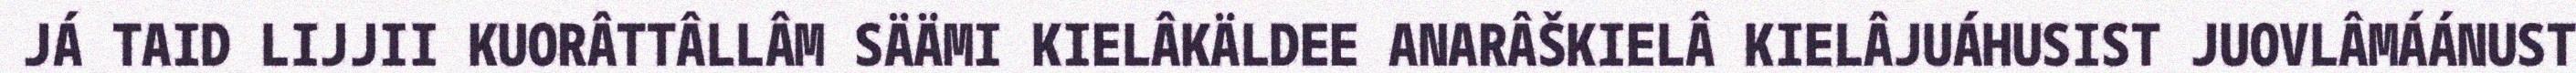
JÁ TAID LIJJII KUORÂTTÂLLÂM SÄÄMI KIELÂKÄLDEE ANARÂŠKIELÂ KIELÂJUÁHUSIST JUOVLÂMÁÁNUST